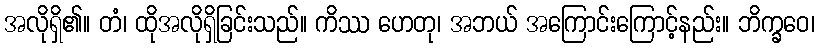
အလိုရှိ၏။ တံ၊ ထိုအလိုရှိခြင်းသည်။ ကိဿ ဟေတု၊ အဘယ် အကြောင်းကြောင့်နည်း။ ဘိက္ခဝေ၊